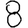
Digit: 8